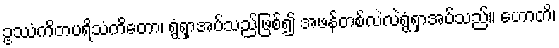
ဥဿံကိတပရိသံကိတော၊ ရွံရှာအပ်သည်ဖြစ်၍ အဖန်တစ်လဲလဲရွံရှာအပ်သည်။ ဟောတိ၊